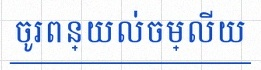
ចូរពន្យល់ចម្លើយ